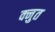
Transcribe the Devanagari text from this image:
क्नुत